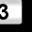
Digit: 3